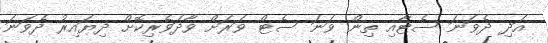
އަދި ދެވަނަ ސެޓާއި ތިން ވަނަ ސެޓް ވަރަށް ވާދަވެރިކޮށް ދިޔައިރު ދެވަނަ